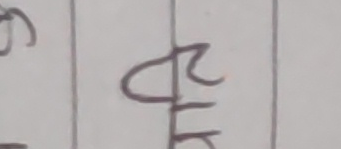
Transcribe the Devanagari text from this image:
ख